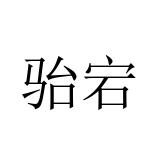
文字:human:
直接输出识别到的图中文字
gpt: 骀宕